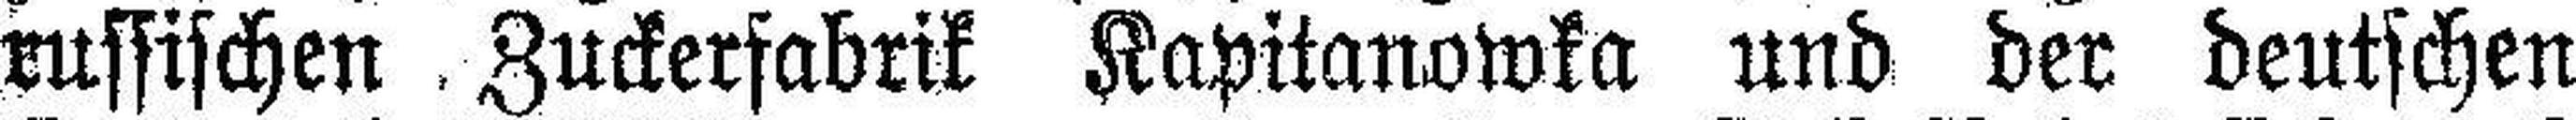
russischen. Zuckerfabrik Kapitanowka und der deutschen